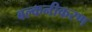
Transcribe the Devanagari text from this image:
बल्कनीकरण